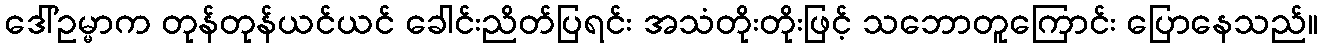
ဒေါ်ဥမ္မာက တုန်တုန်ယင်ယင် ခေါင်းညိတ်ပြရင်း အသံတိုးတိုးဖြင့် သဘောတူကြောင်း ပြောနေသည်။